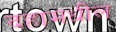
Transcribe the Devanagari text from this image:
दहामधील